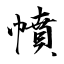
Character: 幩